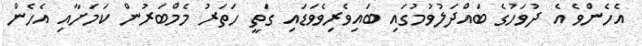
އެހެންވެ އެ ދުވަހުގެ ބައްދަލުވުމުގައި ބައިވެރިވެވަޑައި ގަތީ ހަތަރު މެމްބަރުން ކަމަށާއި އެހެން